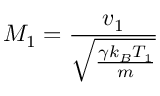
M _ { 1 } = \frac { v _ { 1 } } { \sqrt { \frac { \gamma k _ { B } T _ { 1 } } { m } } }